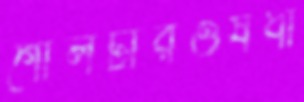
গোলটারওষধী